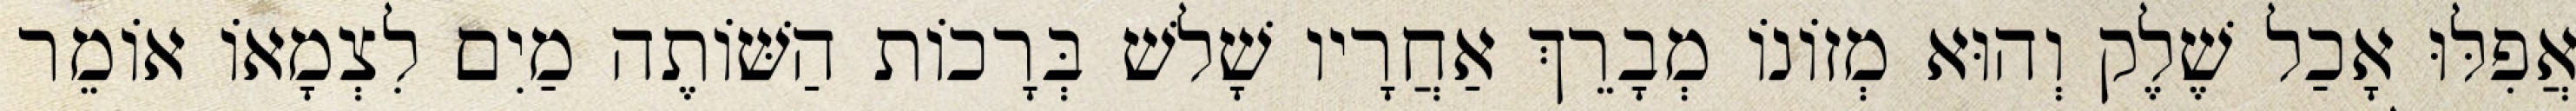
אֲפִלּוּ אָכַל שֶׁלֶק וְהוּא מְזוֹנוֹ מְבָרֵךְ אַחֲרָיו שָׁלשׁ בְּרָכוֹת הַשּׁוֹתֶה מַיִם לִצְמָאוֹ אוֹמֵר